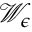
\mathcal { W } _ { \epsilon }